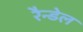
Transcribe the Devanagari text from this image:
रैन्डेल